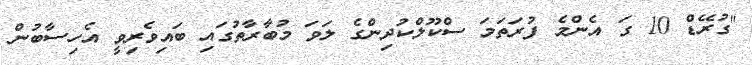
"ގުރޭޑް 10 ގަ އެންމެ ފުރަތަމަ ސްކޫލްކުދިންގެ ލަވަ މުބާރާތުގައި ބައިވެރިވީ އެހިސާބުން